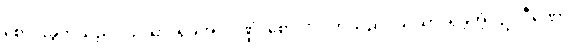
စောင်းခွက်သည်။ သိယာ၊ ရှိခဲ့အံ့။ ဒဏ္ဍံ၊ စောင်းလက်သည်။ သိယာ၊ ရှိခဲ့အံ့။ ဥပဝီဏော၊